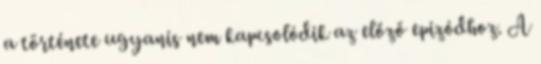
a története ugyanis nem kapcsolódik az előző epizódhoz. A